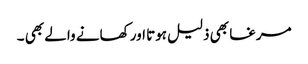
مرغا بھی ذلیل ہوتا اور کھانے والے بھی ۔